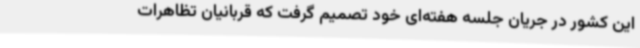
این کشور در جریان جلسه هفته‌ای خود تصمیم گرفت که قربانیان تظاهرات